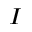
I